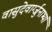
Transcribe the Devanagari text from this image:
वासुदेवार्ग्जुनाभ्यां